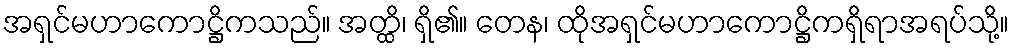
အရှင်မဟာကောဋ္ဌိကသည်။ အတ္ထိ၊ ရှိ၏။ တေန၊ ထိုအရှင်မဟာကောဋ္ဌိကရှိရာအရပ်သို့။